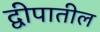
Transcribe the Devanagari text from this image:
द्वीपातील